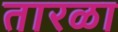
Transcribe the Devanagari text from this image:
तारळा